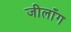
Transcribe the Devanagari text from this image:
जीलाँग